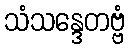
သံသန္ဒေတဗ္ဗံ